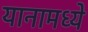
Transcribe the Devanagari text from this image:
यानामध्ये